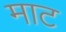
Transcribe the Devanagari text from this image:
माट